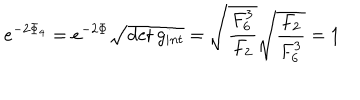
LaTeX: e ^ { - 2 \Phi _ { 4 } } = e ^ { - 2 \Phi } \sqrt { \det g _ { i n t } } = \sqrt { { \frac { F _ { 6 } ^ { 3 } } { F _ { 2 } } } } \sqrt { { \frac { F _ { 2 } } { F _ { 6 } ^ { 3 } } } } = 1